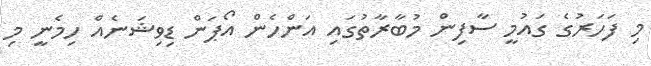
މި ފަހަރުގެ ގައުމީ ސާފިން މުބާރާތުގައި އަންހެން އޯޕަން ޑިވިޝަނެއް ހިމެނީ މި